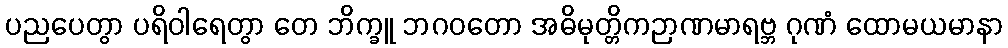
ပညပေတွာ ပရိဝါရေတွာ တေ ဘိက္ခူ ဘဂဝတော အဓိမုတ္တိကဉာဏမာရဗ္ဘ ဂုဏံ ထောမယမာနာ